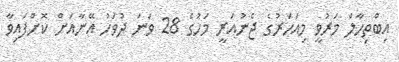
އިބްތިހާލް މަރުވީ މިއަހަރުގެ ޖެނުއަރީ މަހުގެ 28 ވަނަ ދުވަހު އޭނާއަށް ކޮށްފައިވާ